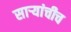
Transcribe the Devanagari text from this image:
सार्‍यांचीच